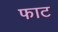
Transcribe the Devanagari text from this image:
फाट